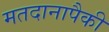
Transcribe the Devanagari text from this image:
मतदानापैकी